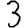
Digit: 3